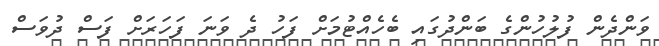
ވަންދެން ފުލުހުންގެ ބަންދުގައި ބެހެއްޓުމަށް ފަހު ދެ ވަނަ ފަހަރަށް ފަސް ދުވަސް